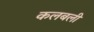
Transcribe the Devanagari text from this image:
कलबली